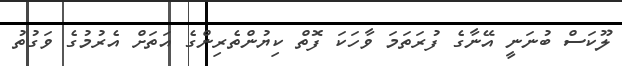
ލޫކަސް ބުނަނީ އޭނާގެ ފުރަތަމަ ވާހަކަ ފޮތް ކިޔުންތެރިންގެ އަތަށް އެރުމުގެ ވަގުތު